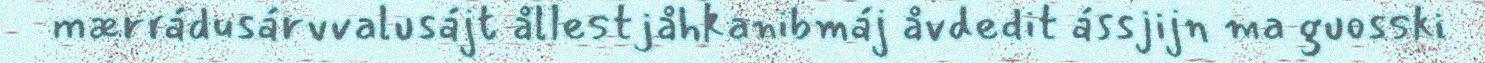
mærrádusárvvalusájt ållestjåhkanibmáj åvdedit ássjijn ma guosski